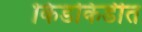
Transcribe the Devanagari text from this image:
किडकिडीत